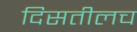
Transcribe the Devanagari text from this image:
दिसतीलच